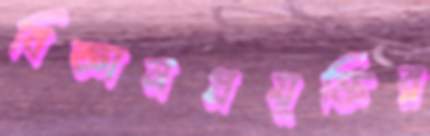
বিজ্ঞানপ্রযুক্তির